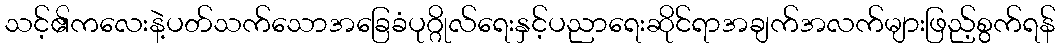
သင့်၏ကလေးနဲ့ပတ်သက်သောအခြေခံပုဂ္ဂိုလ်ရေးနှင့်ပညာရေးဆိုင်ရာအချက်အလက်များဖြည့်စွက်ရန်